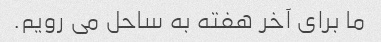
ما برای آخر هفته به ساحل می رویم.